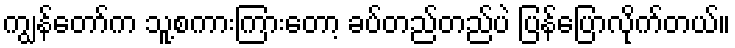
ကျွန်တော်က သူ့စကားကြားတော့ ခပ်တည်တည်ပဲ ပြန်ပြောလိုက်တယ်။